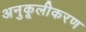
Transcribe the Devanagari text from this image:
अनुकूलीकरण